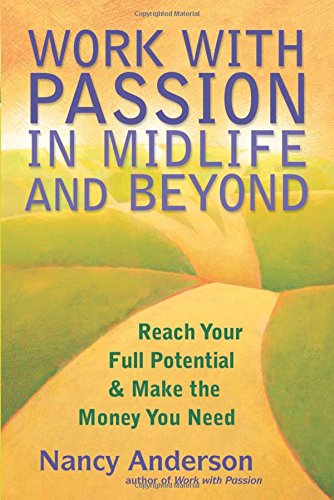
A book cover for Work with Passion in Midlife and Beyond: Reach Your Full Potential and Make the Money You Need; Nancy Anderson; Self-Help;